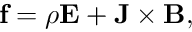
\mathbf f = \rho \mathbf E + \mathbf J \times \mathbf B ,